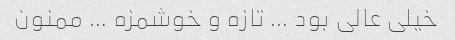
خیلی عالی بود … تازه و خوشمزه … ممنون